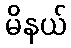
မိနယ်